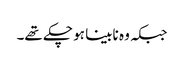
جبکہ وہ نابینا ہو چکے تھے۔